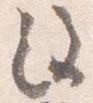
注